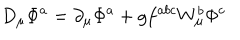
D _ { \mu } \Phi ^ { a } = \partial _ { \mu } \Phi ^ { a } + g f ^ { a b c } W _ { \mu } ^ { b } \Phi ^ { c }